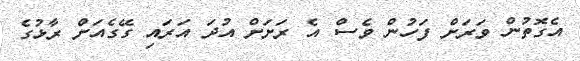
އެގޮތުން ވަރަށް ފަހުން ވެސް އެ ރަށަށް އުދަ އަރައި ގޭގެއަށް ރާޅުގެ